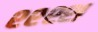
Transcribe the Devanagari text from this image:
श्श्श्श